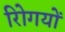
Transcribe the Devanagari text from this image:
रोिगयों